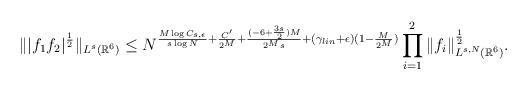
LaTeX: \begin{gather*}\||f_{1}f_{2}|^{\frac{1}{2}}\|_{L^s(\mathbb{R}^{6})}\leq N^{\frac{M \log C_{s,\epsilon} }{s\log N}+ \frac{C'}{2^M}+\frac{(-6+ {\frac{3s}{2}})M}{2^{M}s}+(\gamma_{lin}+\epsilon)(1-\frac{M}{2^M})} \prod_{i=1}^{2} \|f_{i}\|_{L^{s,N}(\mathbb{R}^{6})}^{\frac{1}{2}}.\end{gather*}